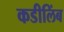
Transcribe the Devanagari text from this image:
कडीलिंब